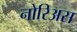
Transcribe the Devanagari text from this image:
नोरिअस